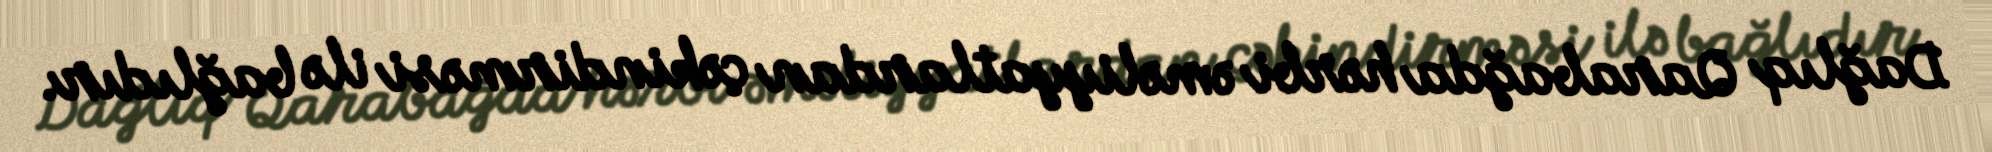
Dağlıq Qarabağda hərbi əməliyyatlardan çəkindirməsi ilə bağlıdır.